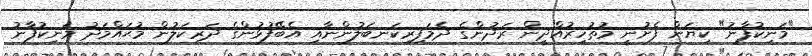
"މަނިކުފާނު" ކިޔަން ފެށުނީ މުޡުހިރުއްދީން ރަދުންގެ ދެމަފިރިކަނބަލުންނާއި އެބޭފުޅުންގެ ދަރިކަލުން މުޙައްމަދު މަނިކުފާނު